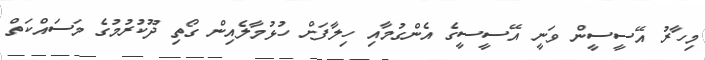
މިހާރު އޭސީސީން ވަނީ އޭސީސީގެ އެންގުމާއި ހިލާފަށް ހުޅުމާލެއިން ގޯތި ދޫކުރުމުގެ މަސައްކަތް